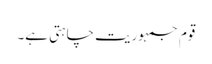
قوم جمہوریت چاہتی ہے۔